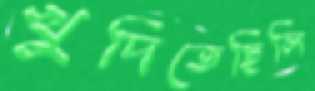
খুদিতেছিলি